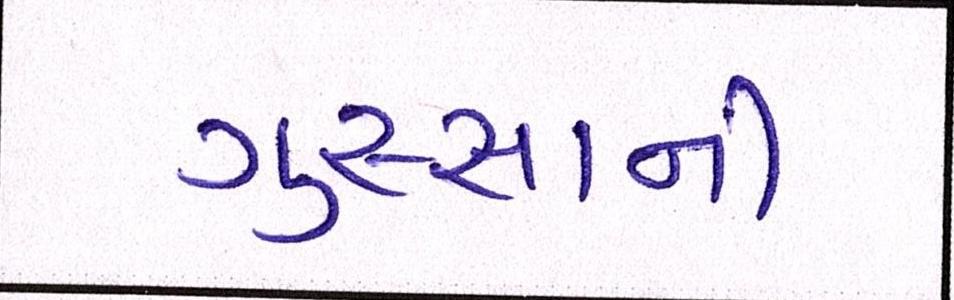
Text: ગુસ્સાની